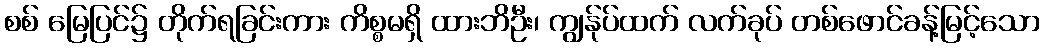
စစ် မြေပြင်၌ တိုက်ရခြင်းကား ကိစ္စမရှိ ထားဘိဦး၊ ကျွန်ုပ်ထက် လက်ခုပ် တစ်ဖောင်ခန့်မြင့်သော